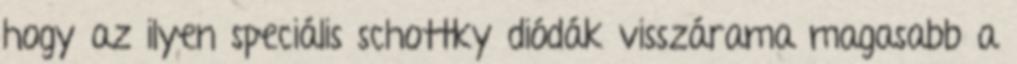
hogy az ilyen speciális schottky diódák visszárama magasabb a